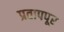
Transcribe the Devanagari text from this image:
प्रतापपूर